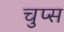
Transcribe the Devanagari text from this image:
चुप्स